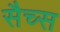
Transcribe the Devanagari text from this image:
सैच्‍स